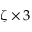
\zeta \times 3